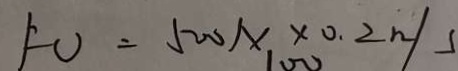
F O = 5 0 0 N \times 0 . 2 n / s